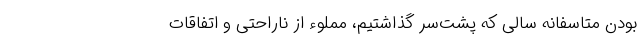
بودن متاسفانه سالی که پشت‌سر گذاشتیم، مملوء از ناراحتی و اتفاقات